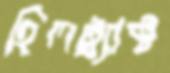
হিলট্র্যাক্ট